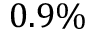
0 . 9 \%